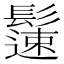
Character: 𩯀